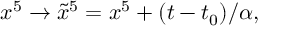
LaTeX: x ^ { 5 } \to \tilde { x } ^ { 5 } = x ^ { 5 } + ( t - t _ { 0 } ) / \alpha ,